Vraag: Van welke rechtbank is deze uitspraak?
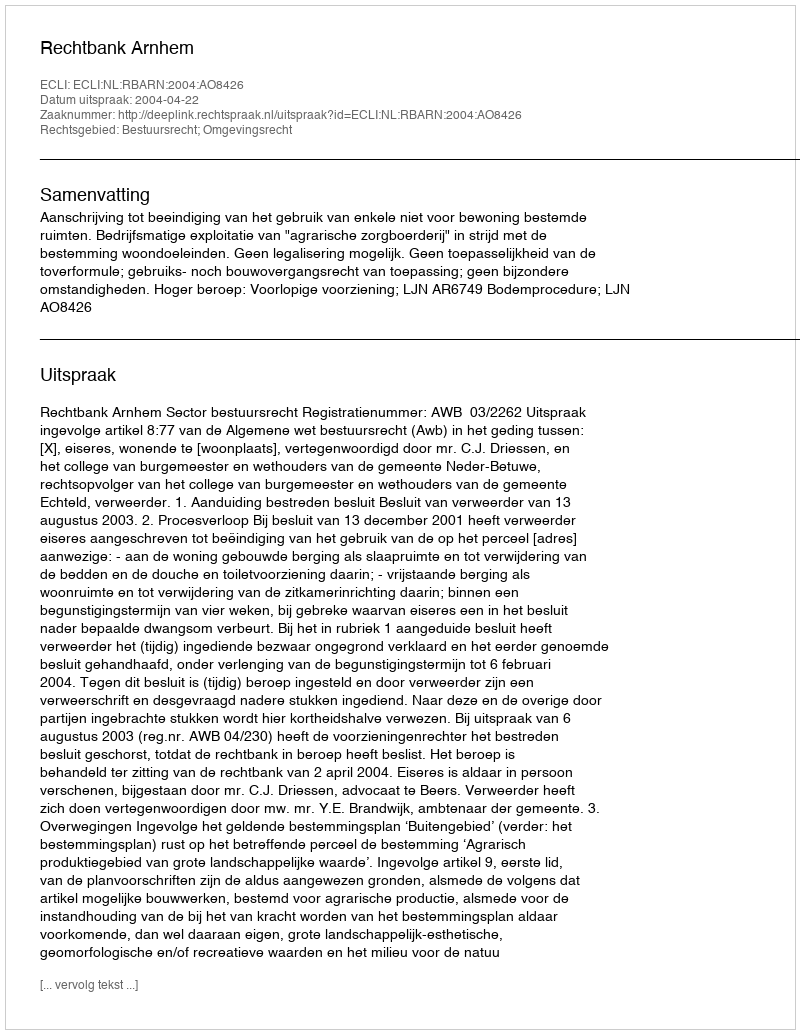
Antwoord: Rechtbank Arnhem